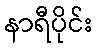
နာရီပိုင်း